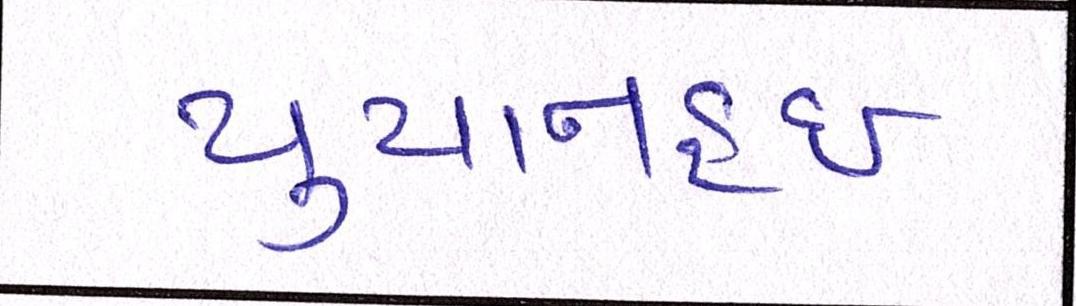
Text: યુયાનહુઈ